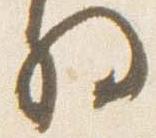
将